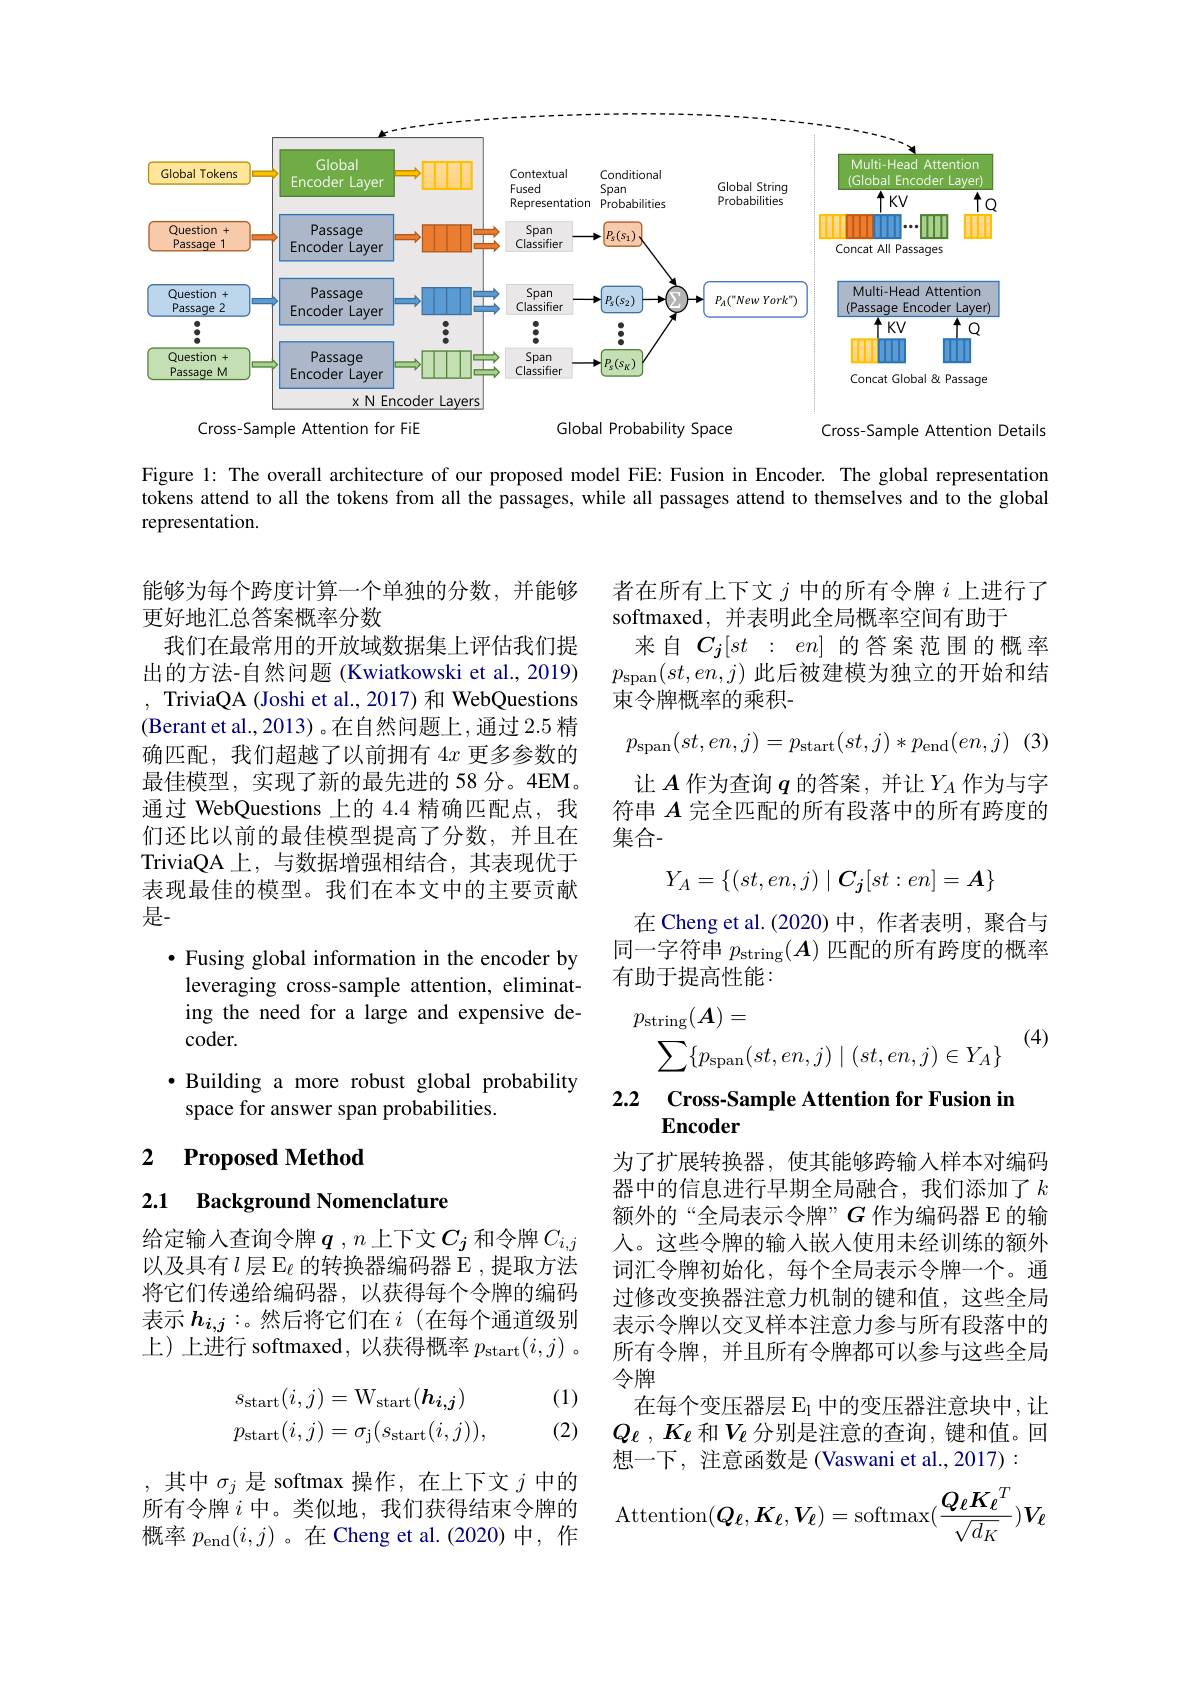
<FigureHere>

Figure 1: The overall architecture of our proposed model FiE: Fusion in Encoder. The global representation tokens attend to all the tokens from all the passages, while all passages attend to themselves and to the global representation.

能够为每个跨度计算一个单独的分数，并能够
更好地汇总答案概率分数
我们在最常用的开放域数据集上评估我们提出的方法-自然问题 (Kwiatkowski et al., 2019) , TriviaQA (Joshi et al., 2017) 和 WebQuestions (Berant et al., 2013) 。在自然问题上，通过 2.5 精确匹配，我们超越了以前拥有$4x$更多参数的最佳模型，实现了新的最先进的 58 分。4EM。通过 WebQuestions 上的 4.4 精确匹配点，我们还比以前的最佳模型提高了分数，并且在TriviaQA 上，与数据增强相结合，其表现优于表现最佳的模型。我们在本文中的主要贡献是-
$\bullet$ Fusing global information in the encoder by leveraging cross-sample attention, eliminating the need for a large and expensive de- $coder.$
·Building a more robust global probability

space for answer span probabilities.

### 2 $\textbf{Proposed Method}$

2.1 Background Nomenclature

给定输入查询令牌$\boldsymbol{q}$ , $n$上下文$C_j$和令牌$C_i,j$ 以及具有$l$层$\mathbb{E}_\ell$的转换器编码器 E ,提取方法将它们传递给编码器，以获得每个令牌的编码表示$h_{i,j}:$。然后将它们在$i$ (在每个通道级别上)上进行 softmaxed, 以获得概率$p_\mathrm{start}(i,j)$ 。

(1)
$$\begin{aligned}s_{\mathrm{start}}(i,j)&=\mathrm{W}_{\mathrm{start}}(\boldsymbol{h}_{\boldsymbol{i},\boldsymbol{j}})\\p_{\mathrm{start}}(i,j)&=\sigma_{\mathrm{j}}(s_{\mathrm{start}}(i,j)),\end{aligned}$$
(2)

,其中$\sigma_j$是 softmax 操作，在上下文 $j$ 中的所有令牌$i$中。类似地，我们获得结束令牌的概率$p_{\mathrm{end}}(i,j)$ 。在 Cheng et al.(2020)中，作

者在所有上下文$j$中的所有令牌$i$上进行了
softmaxed, 并表明此全局概率空间有助于
来自$C_j[ st$ : $en]$的答案范围的概率$p_{\mathrm{span}}(st,en,j)$此后被建模为独立的开始和结束令牌概率的乘积-
$$p_{\mathrm{span}}(st,en,j)=p_{\mathrm{start}}(st,j)*p_{\mathrm{end}}(en,j)$$
让$A$作为查询$q$的答案，并让$Y_A$作为与字符串$A$完全匹配的所有段落中的所有跨度的集合-
$$Y_A=\{(st,en,j)\mid C_j[st:en]=A\}$$
在 Cheng et al.(2020)中，作者表明，聚合与同一字符串$p_\mathrm{string}(\boldsymbol{A})$匹配的所有跨度的概率有助于提高性能：
$$\begin{aligned}p_{\mathrm{string}}(\boldsymbol{A})&=\\\sum\{p_{\mathrm{span}}(st,en,j)\mid(st,en,j)\in Y_{A}\}\end{aligned}$$
(4)

2.2 Cross-Sample Attention for Fusion in

为了扩展转换器，使其能够跨输入样本对编码器中的信息进行早期全局融合，我们添加了$k$ 额外的“全局表示令牌”$G$作为编码器 E 的输人。这些令牌的输入嵌入使用未经训练的额外词汇令牌初始化，每个全局表示令牌一个。通过修改变换器注意力机制的键和值，这些全局表示令牌以交叉样本注意力参与所有段落中的所有令牌，并且所有令牌都可以参与这些全局令牌
在每个变压器层$\mathbb{E}_{\mathrm{l}}$中的变压器注意块中，让$Q_\ell$ , $K_\ell$ 和$V_\ell$ 分别是注意的查询，键和值。回想一下，注意函数是 (Vaswani et al.,2017):
$$\mathrm{ttention}(\boldsymbol{Q}_{\ell},\boldsymbol{K}_{\ell},\boldsymbol{V}_{\ell})=\mathrm{softmax}(\frac{\boldsymbol{Q}_{\ell}\boldsymbol{K}_{\ell}^{T}}{\sqrt{d_{K}}})\boldsymbol{V}_{\ell}$$